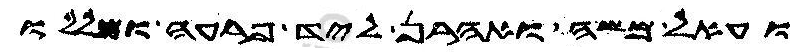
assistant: ועאל משה ואהרן ליד פרעה ומללו